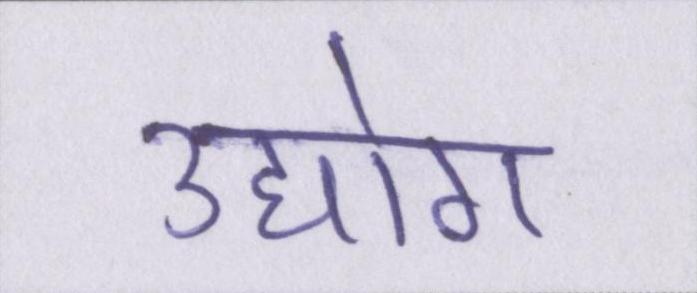
उद्योग